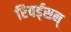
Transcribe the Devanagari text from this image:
रिचर्ड्‌सन्‌